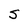
Character: S